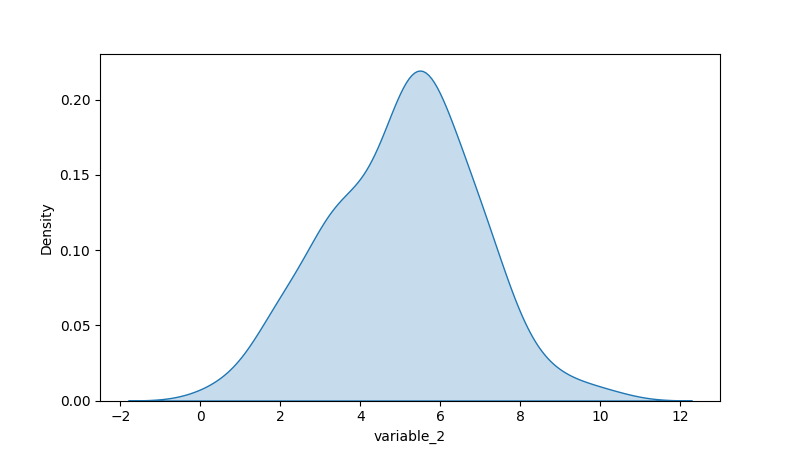
python, seaborn, kdeplot, hue='None', fill=True, bw_adjust=1.0